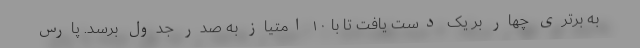
به برتری چهار بر یک دست یافت تا با ۱۰ امتیاز به صدر جدول برسد. پارس